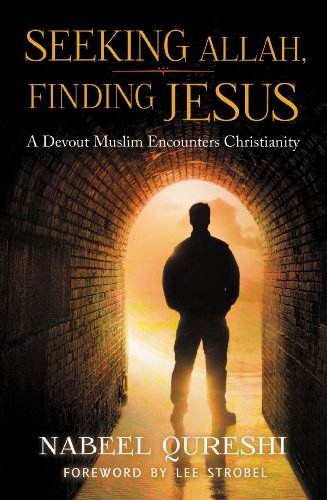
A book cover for Seeking Allah, Finding Jesus: A Devout Muslim Encounters Christianity; Nabeel Qureshi; Biographies & Memoirs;